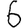
Digit: 6